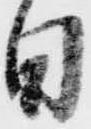
日